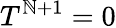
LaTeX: T^{\mathbb{N}+1}=0